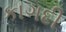
કાગદી